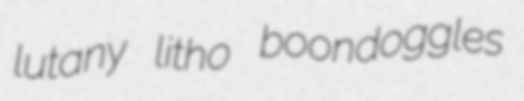
lutany litho boondoggles